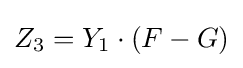
Z_{3}=Y_{1}\cdot (F-G)